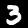
Label: 3